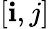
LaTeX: \left[\mathbf{i},j\right]